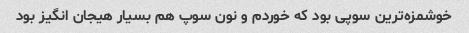
خوشمزه‌ترین سوپی بود که خوردم و نون سوپ هم بسیار هیجان انگیز بود